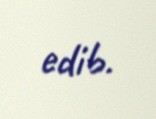
edib.